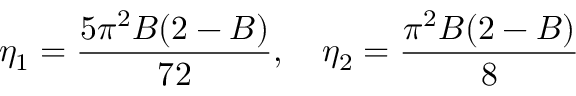
\eta _ { 1 } = \frac { 5 \pi ^ { 2 } B ( 2 - B ) } { 7 2 } , \quad \eta _ { 2 } = \frac { \pi ^ { 2 } B ( 2 - B ) } { 8 }